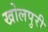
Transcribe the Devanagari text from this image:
खोलपुरी